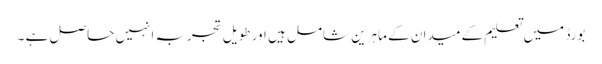
بورڈ میں تعلیم کے میدان کے ماہرین شامل ہیں اور طویل تجربہ انہیں حاصل ہے ۔